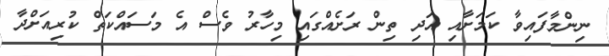
ނިންމާފައިވާ ކަމަށާއި އަދި ތިން ރަށެއްގައި މިހާރު ވެސް އެ މަސައްކަތް ކުރިއަށްދާ